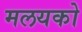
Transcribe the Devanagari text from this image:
मलयको